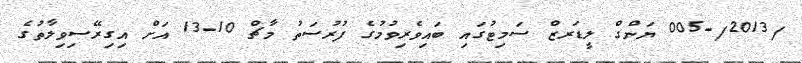
/2013/-005 ޔަންގް ލީޑަރޒް ސަމިޓުގައި ބައިވެރިވުމުގެ ފުރުސަތު މާޗް 10-13 އަށް އިގިރޭސިވިލާތުގެ